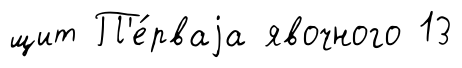
щит П'е́рваjа явочного 13